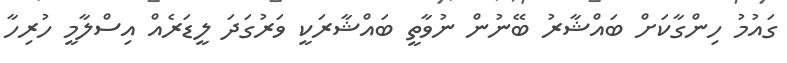
ގައުމު ހިންގާކަށް ބައްޝާރު ބޭނުން ނުވާތީ ބައްޝާރަކީ ވަރުގަދަ ލީޑަރެއް އިސްލާމީ ހުރިހާ